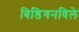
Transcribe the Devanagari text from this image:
बिडिगनविले